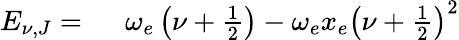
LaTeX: \begin{array}{rl}{E_{\nu,J}=\ }&{{}\omega_{e}\left(\nu+\frac 12\right)-\omega_{e}x_{e}\left(\nu+\frac 12\right)^{2}}\end{array}